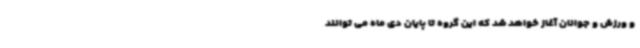
و ورزش و جوانان آغاز خواهد شد که این گروه تا پایان دی ماه می توانند